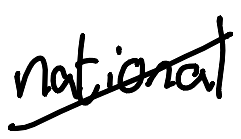
Text: national
Cross-out: diagonal
Writing tool: digital_black